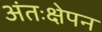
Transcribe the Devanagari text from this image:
अंतःक्षेपन